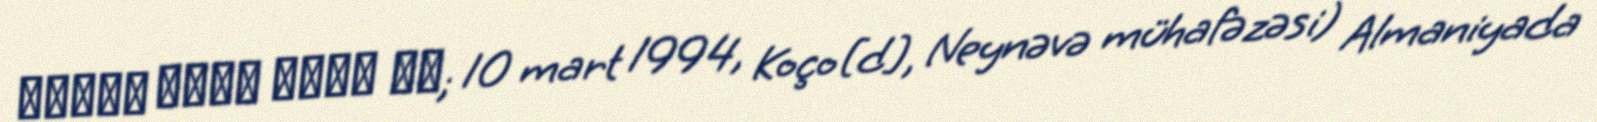
نادية مراد باسي طه; 10 mart 1994, Koço[d], Neynəvə mühafəzəsi) Almaniyada